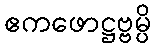
ဧကဖောဋ္ဌဗ္ဗမ္ပိ